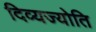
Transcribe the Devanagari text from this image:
दिव्यज्योति